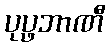
ပုပ္ဖဘာဏီ